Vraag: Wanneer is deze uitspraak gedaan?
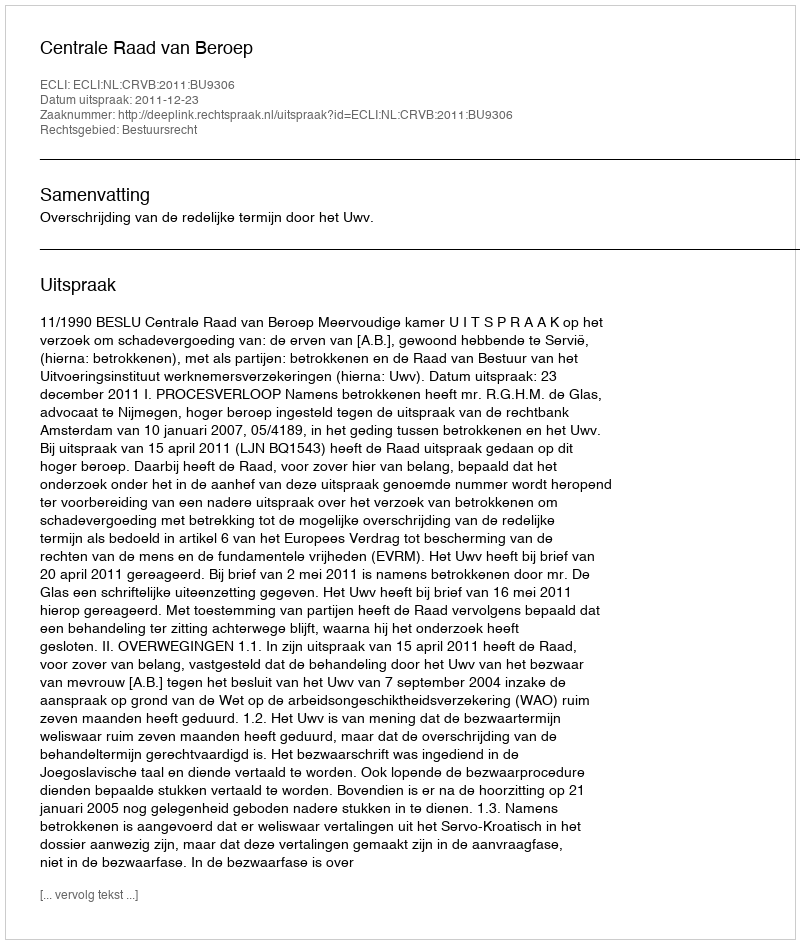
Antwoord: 2011-12-23